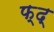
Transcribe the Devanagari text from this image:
फ्द्